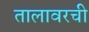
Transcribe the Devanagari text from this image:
तालावरची